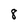
Character: 8